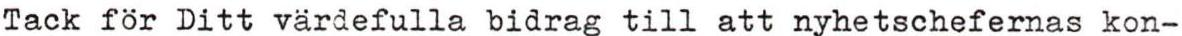
Tack för Ditt värdefulla bidrag till att nyhetschefernas kon-